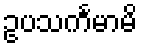
ဥပသင်္ကမာမိ